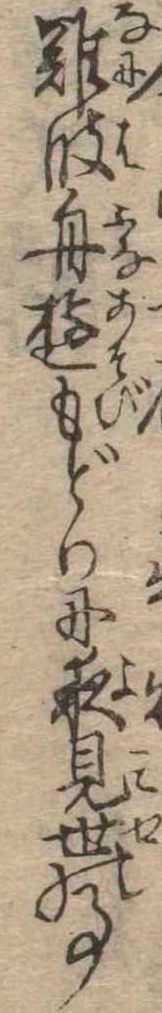
難波舟遊もどりに夜見世の事